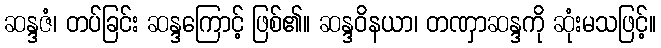
ဆန္ဒဇံ၊ တပ်ခြင်း ဆန္ဒကြောင့် ဖြစ်၏။ ဆန္ဒဝိနယာ၊ တဏှာဆန္ဒကို ဆုံးမသဖြင့်။